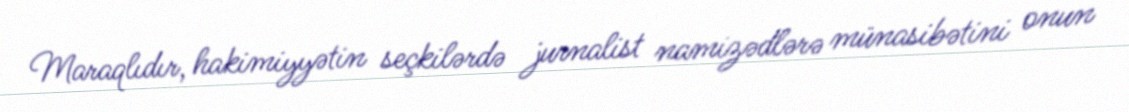
Maraqlıdır, hakimiyyətin seçkilərdə jurnalist namizədlərə münasibətini onun